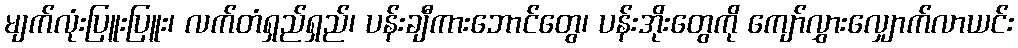
မျက်လုံးပြူးပြူး၊ လက်တံရှည်ရှည်၊ ပန်းချီကားဘောင်တွေ၊ ပန်းအိုးတွေကို ကျော်လွှားလျှောက်လာယင်း